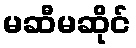
မဆီမဆိုင်